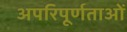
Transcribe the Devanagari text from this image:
अपरिपूर्णताओं